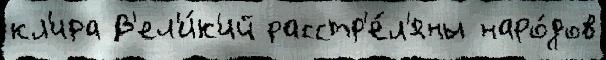
кл'ира В'ел'и́к'ий расстр'е́л'яны наро́дов